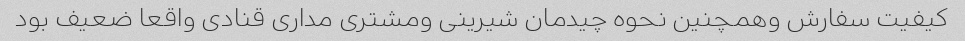
کیفیت سفارش وهمچنین نحوه چیدمان شیرینی ومشتری مداری قنادی واقعا ضعیف بود